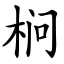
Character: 㭣